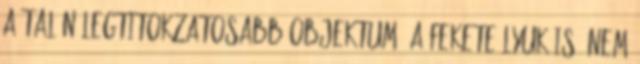
a talán legtitokzatosabb objektum, a Fekete Lyuk is. Nem